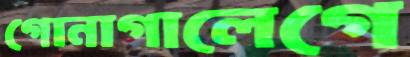
গোনাগালেগে